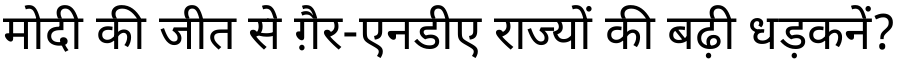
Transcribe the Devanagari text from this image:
मोदी की जीत से ग़ैर-एनडीए राज्यों की बढ़ी धड़कनें?